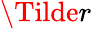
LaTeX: \Tilde{r}